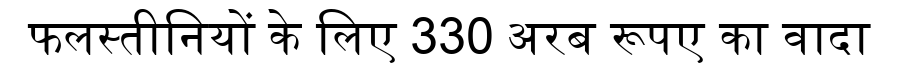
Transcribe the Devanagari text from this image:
फलस्तीनियों के लिए 330 अरब रूपए का वादा